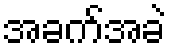
အခက်အခဲ